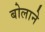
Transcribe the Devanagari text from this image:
बोलाने